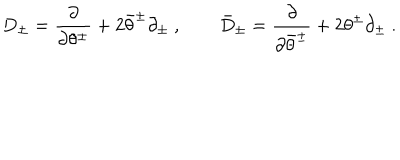
D _ { \pm } = \frac { \partial } { \partial \theta ^ { \pm } } + 2 \bar { \theta } ^ { \pm } \partial _ { \pm } \ , \qquad \bar { D } _ { \pm } = \frac { \partial } { \partial \bar { \theta } ^ { \pm } } + 2 { \theta } ^ { \pm } \partial _ { \pm } \ .